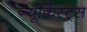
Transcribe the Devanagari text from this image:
न्यूक्विस्ट्स